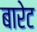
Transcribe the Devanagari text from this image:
बारेट